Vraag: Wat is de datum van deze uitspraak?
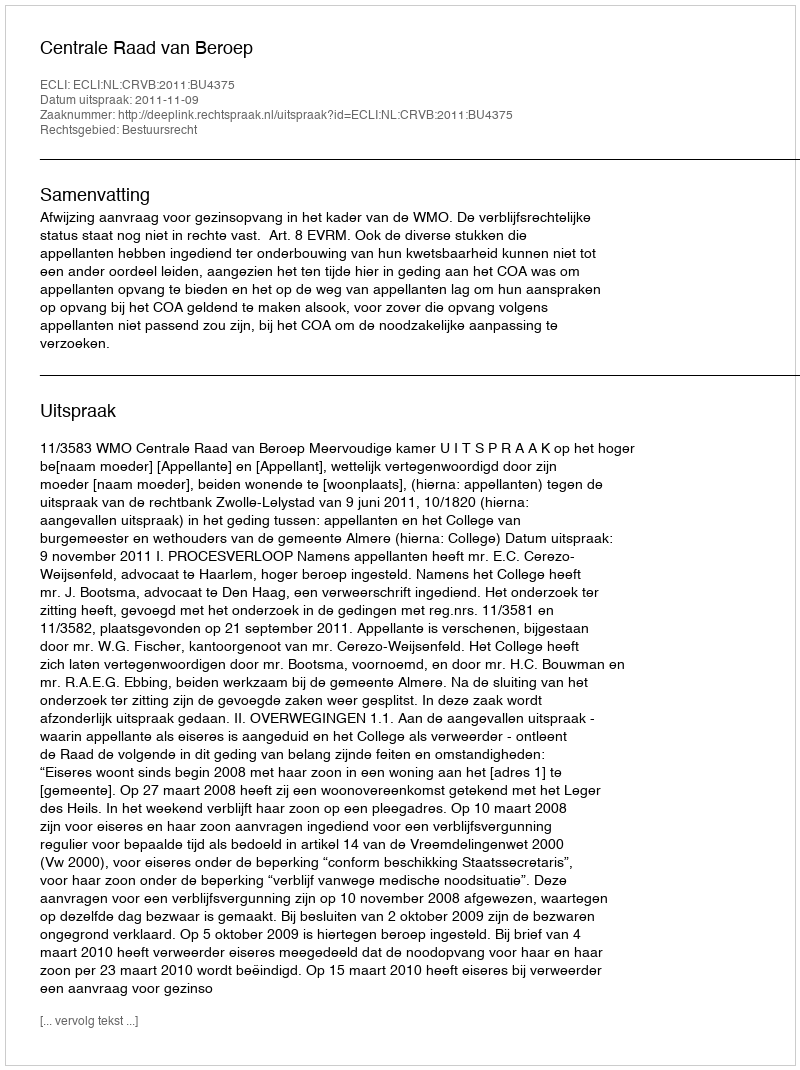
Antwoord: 2011-11-09